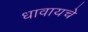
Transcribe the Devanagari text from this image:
धावायचे